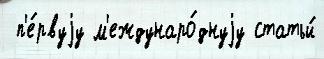
 п'е́рвуjу м'еждунаро́днуjу статьи́